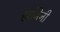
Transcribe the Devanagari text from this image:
हाजिनी